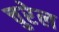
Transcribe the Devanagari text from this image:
चुरेल